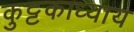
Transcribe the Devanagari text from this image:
कुट्टकाध्याय